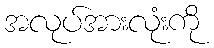
အလုပ်အားလုံးကို